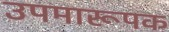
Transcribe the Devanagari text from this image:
उपमारूपक